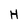
Character: H